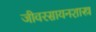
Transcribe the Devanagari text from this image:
जीवरसायनशास्त्र